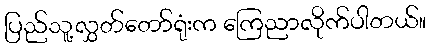
ပြည်သူ့လွှတ်တော်ရုံးက ကြေညာလိုက်ပါတယ်။